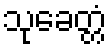
သုခေတ္တံ